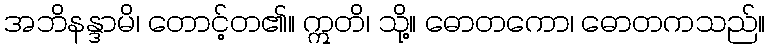
အဘိနန္ဒာမိ၊ တောင့်တ၏။ ဣတိ၊ သို့။ ဓောတကော၊ ဓောတကသည်။